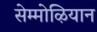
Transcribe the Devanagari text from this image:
सेम्मोऴियान